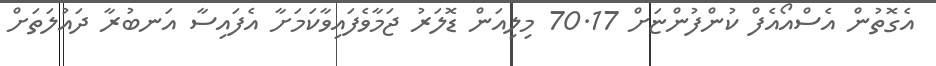
އެގޮތުން އެސްއޯއެފް ކުންފުންޏަށް 70.17 މިލިއަން ޑޮލަރު ޖަމާވެފައިވާކަމަށާ އެފައިސާ އަނބުރާ ދައުލަތަށް